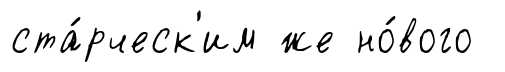
ста́рческ'им же но́вого